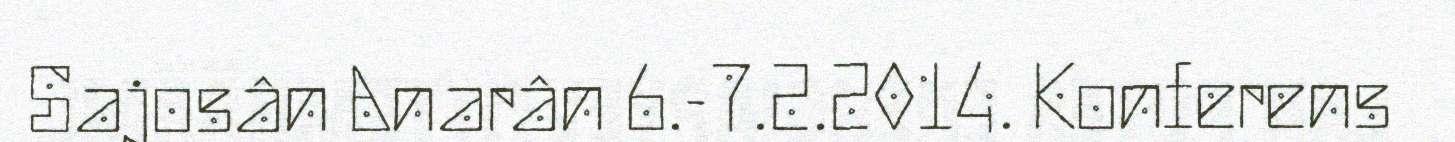
Sajosân Anarân 6.-7.2.2014. Konferens